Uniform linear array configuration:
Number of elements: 4
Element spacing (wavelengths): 0.5
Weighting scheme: kaiser
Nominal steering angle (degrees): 30
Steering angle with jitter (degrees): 28.517
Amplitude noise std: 0.05
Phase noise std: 0.05

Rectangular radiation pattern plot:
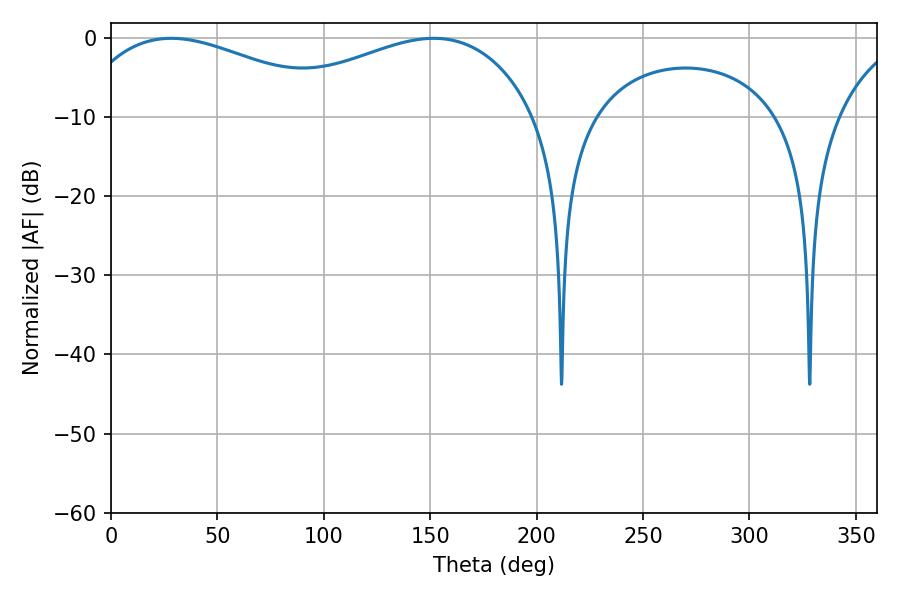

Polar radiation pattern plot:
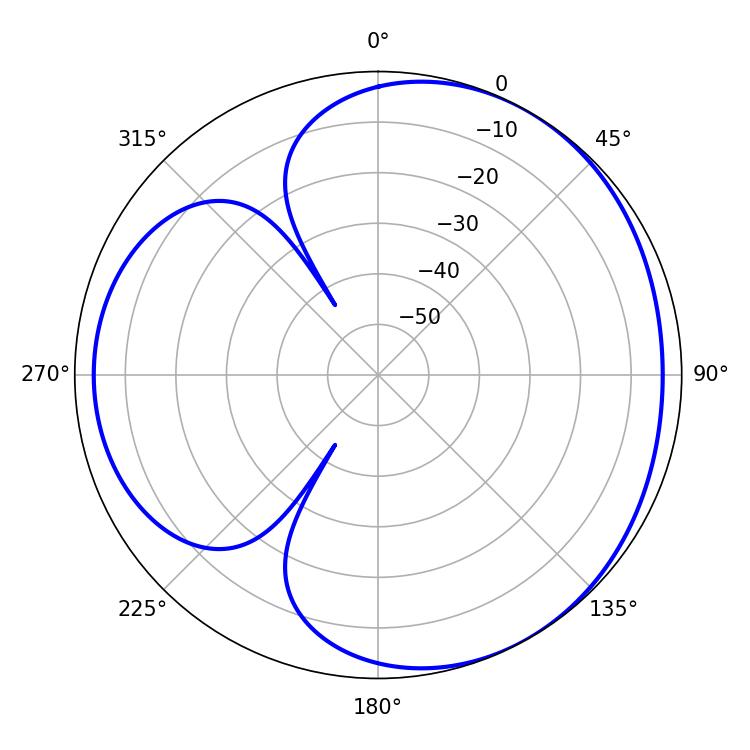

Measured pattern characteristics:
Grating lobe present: FALSE
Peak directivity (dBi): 3.533
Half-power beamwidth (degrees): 71.64
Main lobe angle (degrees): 28.26